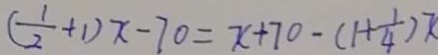
( \frac { 1 } { 2 } + 1 ) x - 7 0 = x + 7 0 - ( 1 + \frac { 1 } { 4 } ) x